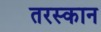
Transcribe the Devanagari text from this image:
तरस्कान